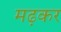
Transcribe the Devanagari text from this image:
मढ़कर